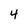
Character: 4